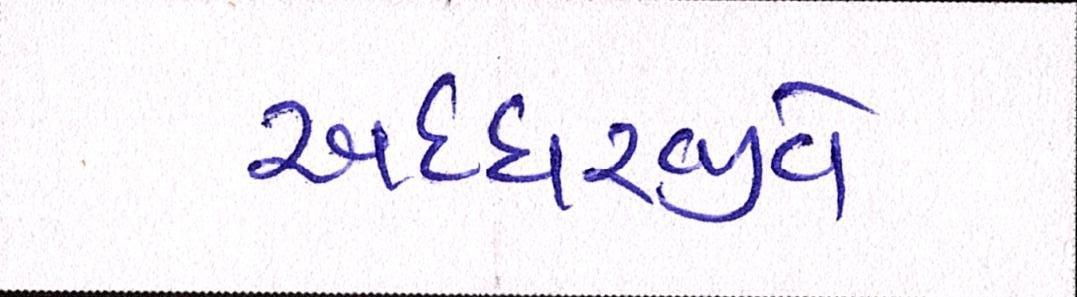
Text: અધ્ધરજીવે